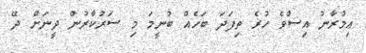
ޢިމުރާނު އިސްވެ ހުރެ ތިފަދަ ބަހެއް ބުނީމަ މި ސަރުކާރުން ދީނަށް ދޭ